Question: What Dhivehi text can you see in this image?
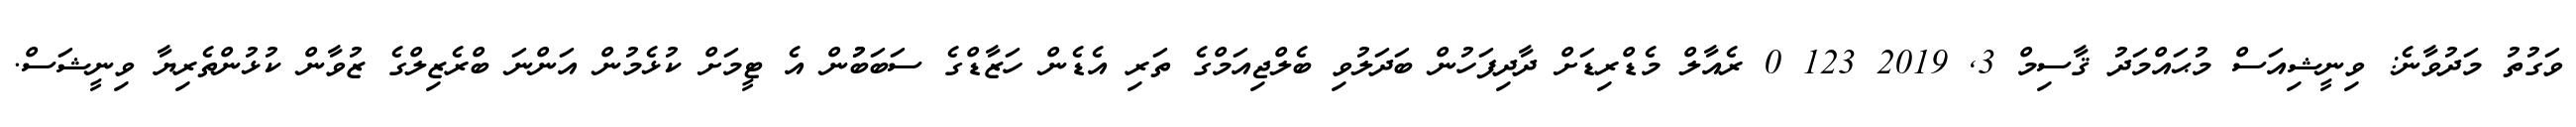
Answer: ވަގުތު މަދުވާނެ: ވިނީޝިއަސް މުޙައްމަދު ޤާސިމް 3, 2019 123 0 ރެއާލް މެޑްރިޑަށް ދާދިފަހުން ބަދަލުވި ބެލްޖިއަމްގެ ތަރި އެޑެން ހަޒާޑްގެ ސަބަބުުން އެ ޓީމަށް ކުޅެމުން އަންނަ ބްރެޒިލްގެ ޒުވާން ކުޅުންތެރިޔާ ވިނީޝަސް.